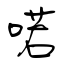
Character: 喏